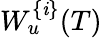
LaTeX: W_{u}^{\{ \mathit{i}\} }(T)